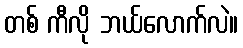
တစ် ကီလို ဘယ်လောက်လဲ။